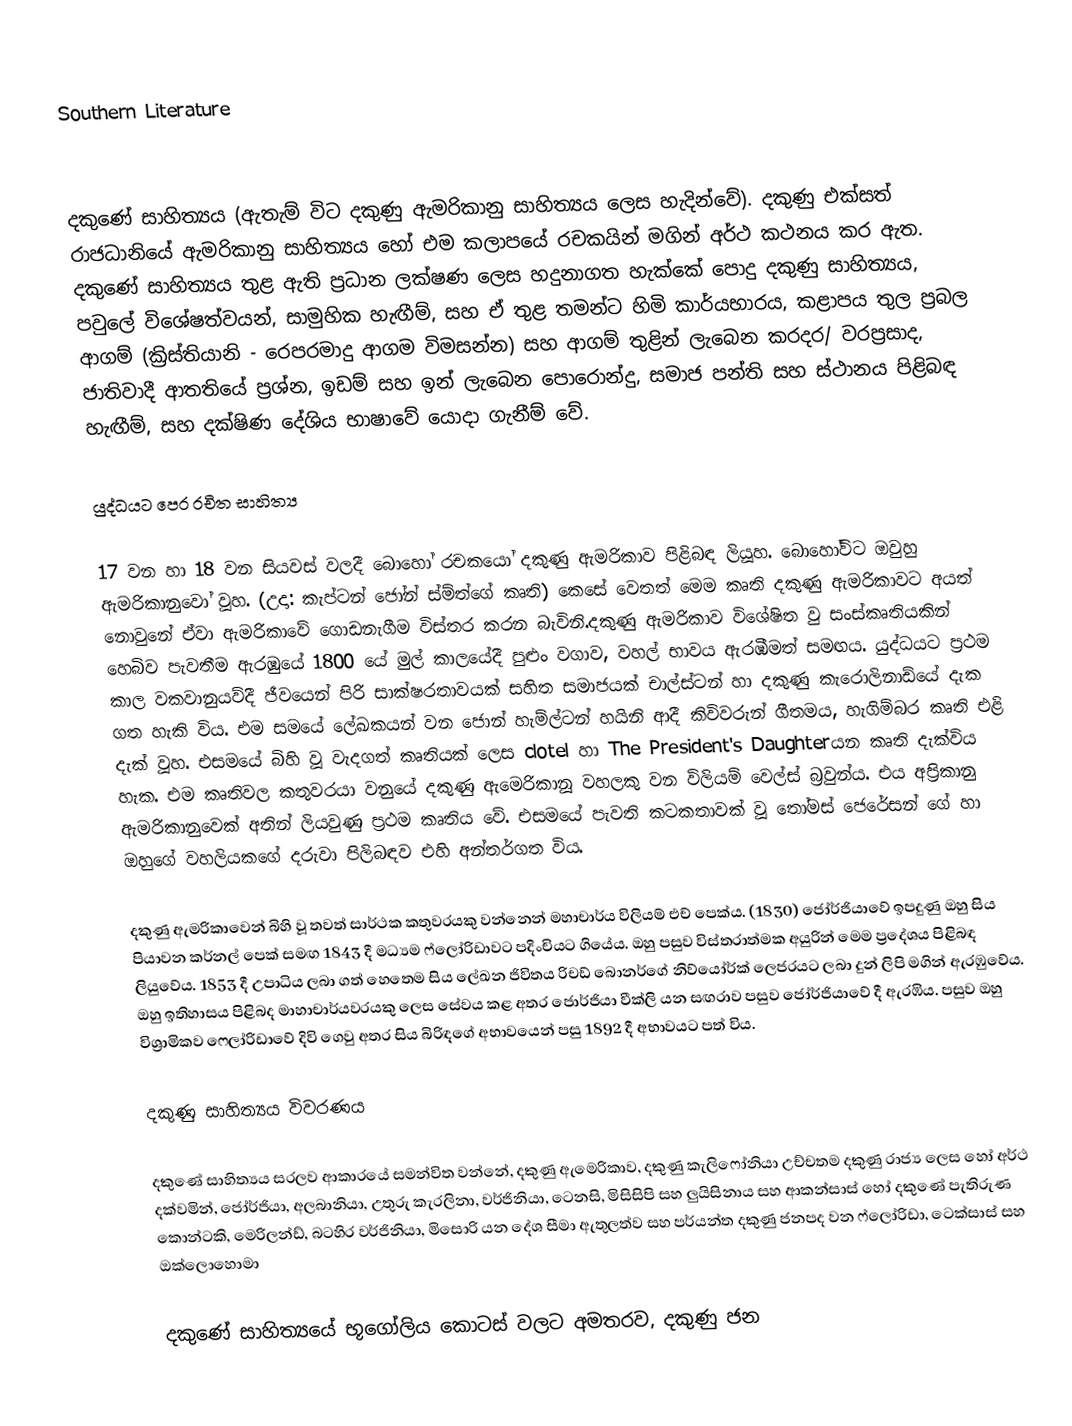
Southern Literature

දකුණේ සාහිත්‍යය (ඇතැම් විට දකුණු ඇමරිකානු සාහිත්‍යය ලෙස හැදින්වේ). දකුණු එක්සත් රාජධානියේ ඇමරිකානු සාහිත්‍යය හෝ එම කලාපයේ රචකයින් මගින් අර්ථ කථනය කර ඇත. දකුණේ සාහිත්‍යය තුළ ඇති ප්‍රධාන ලක්ෂණ ලෙස හදුනාගත හැක්කේ පොදු දකුණු ‍සාහිත්‍යය, පවුලේ විශේෂත්වයන්, සාමුහික හැඟීම්, සහ ඒ තුළ තමන්ට හිමි කාර්යභාරය, කළාපය තුල ප්‍රබල ආගම් (ක්‍රිස්තියානි - රෙපරමාදු ආගම විමසන්න) සහ ආගම් තුළින් ලැබෙන කරදර/ වරප්‍රසාද, ජාතිවාදී ආතතියේ ප්‍රශ්න, ඉඩම් සහ ඉන් ලැබෙන පොරොන්දු, සමාජ පන්ති සහ ස්ථානය පිළිබඳ හැඟීම්, සහ දක්ෂිණ දේශිය භාෂාවේ යොදා ගැනීම් වේ.

යුද්ධයට පෙර රචිත සාහිත්‍ය

17 වන හා 18 වන සියවස් වලදී බොහෝ රච‍කයෝ දකුණු ඇමරිකාව පිළිබඳ ලියූහ. බොහෝවිට ඔවුහු ඇමරිකානුවෝ වූහ. (උදා: කැප්ටන් ජෝන් ස්ම්ත්ගේ කෘති) කෙසේ වෙතත් මෙම කෘති දකුණු ඇමරිකාවට අයත් නොවුනේ ඒවා ඇමරි‍කාවේ ගොඩනැගීම විස්තර කරන බැවිනි.දකුණු ඇමරිකාව විශේෂිත වු සංස්කෘතියකින් හෙබිව පැවතීම ඇරඹුයේ 1800 යේ මුල් කාලයේදී පුළුං වගාව, වහල් භාවය ඇරඹීමත් සමඟය. යුද්ධයට ප්‍රථම කාල වකවානුයව්දී ජීවයෙන් පිරි සාක්ෂරතාවයක් සහිත සමාජයක් චාල්ස්ටන් හා දකුණු කැරොලිනාඩ්යේ දැක ගත හැකි විය. එම සමයේ ලේඛකයන් වන ජොන් හැම්ල්ටන් හයිනි ආදී කිවිවරුන් ගීතමය, හැගිම්බර කෘති එළි දැක් වූහ. එසමයේ බිහි වූ වැදගත් කෘතියක් ලෙස clotel හා The President's Daughterයන කෘති දැක්විය හැක. එම කෘතිවල කතුවරයා වනුයේ දකුණු ඇමෙරිකානූ වහලකු වන විලියම් වෙල්ස් බ්‍රවුන්ය. එය අප්‍රිකානු ඇමරිකානුවෙක් අතින් ලියවුණු ප්‍රථම කෘතිය වේ. එසමයේ පැවති කටකතාවක් වූ තෝමස් ජෙරේසන් ගේ හා ඔහුගේ වහලියකගේ දරුවා පිලිබඳව එහි අන්තර්ගත විය.

දකුණු ඇමරිකාවෙන් බිහි වූ තවත් සාර්ථක කතුවරයකු වන්නෙන් මහාචාර්ය විලියම් එච් පෙක්ය. (1830) ජෝර්ජියාවේ ඉපදුණු ඔහු සිය පියාවන කර්නල් පෙක් සමඟ 1843 දී මධ්‍යම ෆ්ලෝරිඩාවට පදිංචියට ගියේය. ඔහු පසුව විස්තරාත්මක අයුරින් මෙම ප්‍රදේශය පිළිබඳ ලියුවේය. 1853 දී උපාධිය ලබා ගත් හෙතෙම සිය ලේඛන ජිවිතය රිචඩ් බොනර්ගේ නිව්යෝර්ක් ලෙජරයට ලබා දුන් ලිපි මගින් ඇරඹුවේය. ඔහු ඉතිහාසය පිළිබද මාහාචාර්යවරයකු ලෙස සේවය කළ අතර ජොර්ජියා වීක්ලි යන සඟරාව පසුව ජෝර්ජියාවේ දී ඇරඹිය. පසුව ඔහු විශ්‍රාමිකව ‍ෆ‍්ලෝරිඩාවේ දිවි ගෙවු අතර සිය බිරිඳගේ අභාවයෙන් පසු 1892 දී අභාවයට පත් විය.

දකුණු සාහිත්‍යය විවරණය

දකුණේ සාහිත්‍යය සරලව ආකාරයේ සමන්විත වන්නේ, දකුණු ඇමෙරිකාව, දකුණු කැලිෆෝනියා උච්චතම දකුණු රාජ්‍ය ලෙස හෝ අර්ථ දක්වමින්, ජෝර්ජියා, අලබානියා‍, උතුරු කැරලිනා, වර්ජිනියා, ටෙනසි, මිසිසිපි සහ ලුයිසිනාය සහ ආකන්සාස් හෝ දකුණේ පැතිරුණ කොන්ටකි, මෙරිලන්ඩ්, බටහිර වර්ජිනියා, මිසොරි යන දේශ සීමා ඇතුලත්ව සහ පර්යන්ත දකුණු ජනපද වන ෆ්ලෝරිඩා, ටෙක්සාස් සහ ඔක්ලොහොමා

දකුණේ සාහිත්‍යයේ භූගෝලිය කොටස් වලට අමතරව, දකු‍ණු ජන